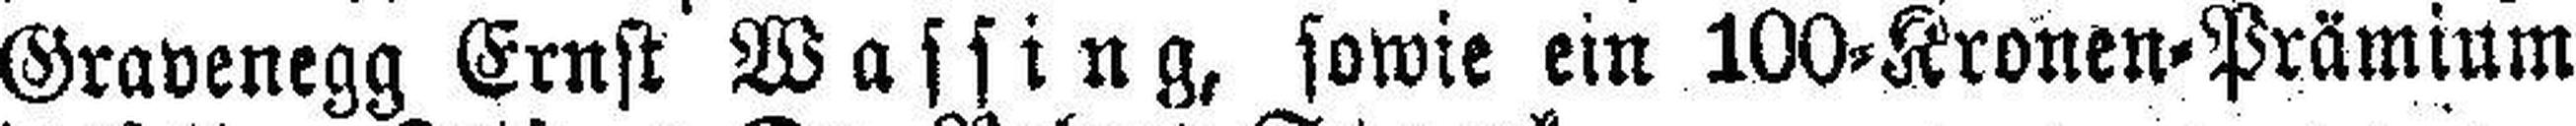
Gravenegg Ernst Wassing, sowie ein 100=Kronen=Prämium